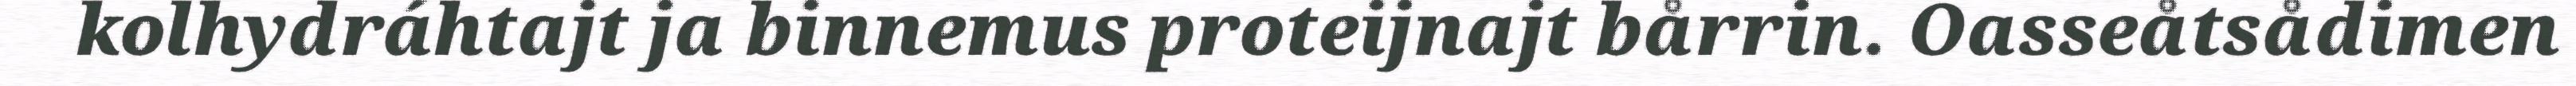
kolhydráhtajt ja binnemus proteijnajt bårrin. Oasseåtsådimen